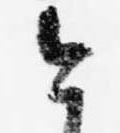
今